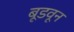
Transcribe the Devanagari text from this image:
बूडवून